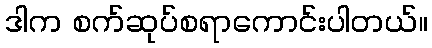
ဒါက စက်ဆုပ်စရာကောင်းပါတယ်။